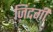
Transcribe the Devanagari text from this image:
ज़िदंगी